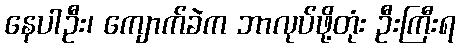
နေပါဦး၊ ကျောက်ခဲက ဘာလုပ်ဖို့တုံး ဦးကြီးရ